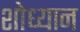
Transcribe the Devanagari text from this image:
शोध्यान